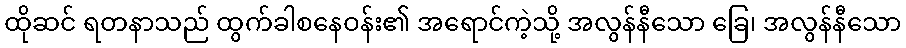
ထိုဆင် ရတနာသည် ထွက်ခါစနေဝန်း၏ အရောင်ကဲ့သို့ အလွန်နီသော ခြေ၊ အလွန်နီသော